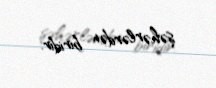
şəhərlərdən biridir.